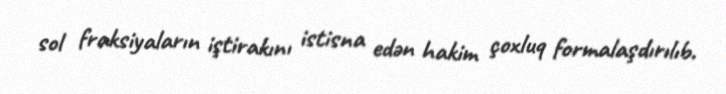
sol fraksiyaların iştirakını istisna edən hakim çoxluq formalaşdırılıb.